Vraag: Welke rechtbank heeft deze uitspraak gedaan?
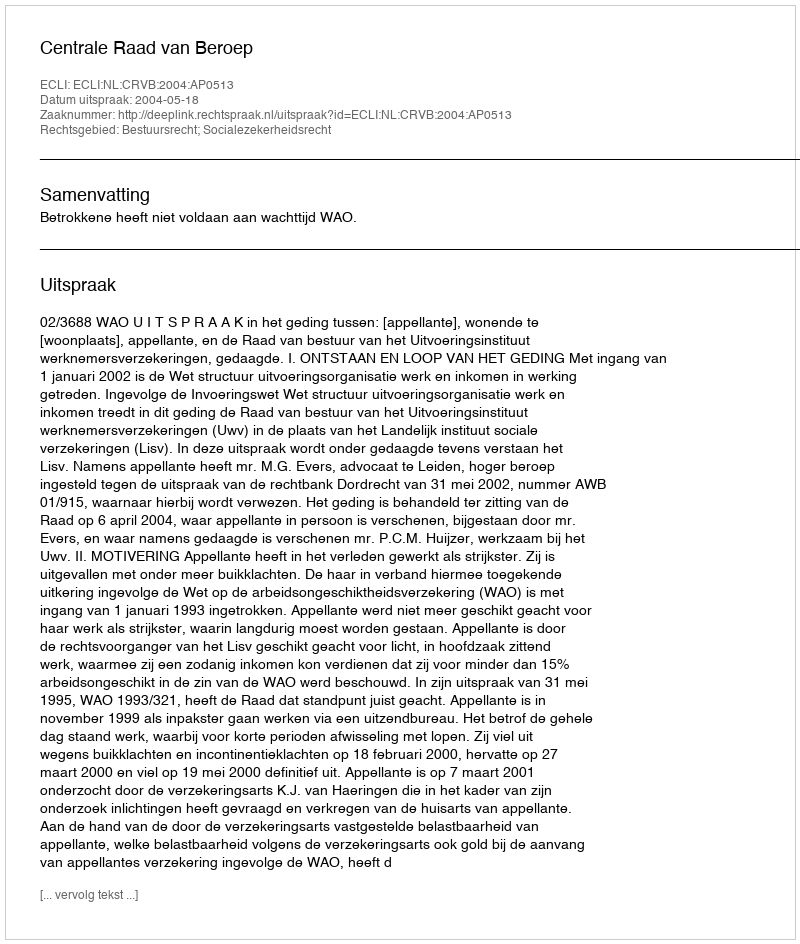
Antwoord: Centrale Raad van Beroep